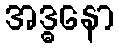
အဒ္ဓနော